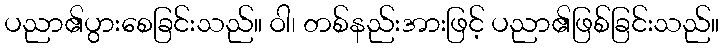
ပညာ၏ပွားစေခြင်းသည်။ ဝါ၊ တစ်နည်းအားဖြင့် ပညာ၏ဖြစ်ခြင်းသည်။